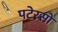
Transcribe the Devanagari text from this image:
पटेरसों